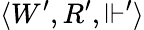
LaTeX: \langle W^{\prime},R^{\prime},\Vdash^{\prime}\rangle